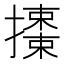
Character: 𢷜